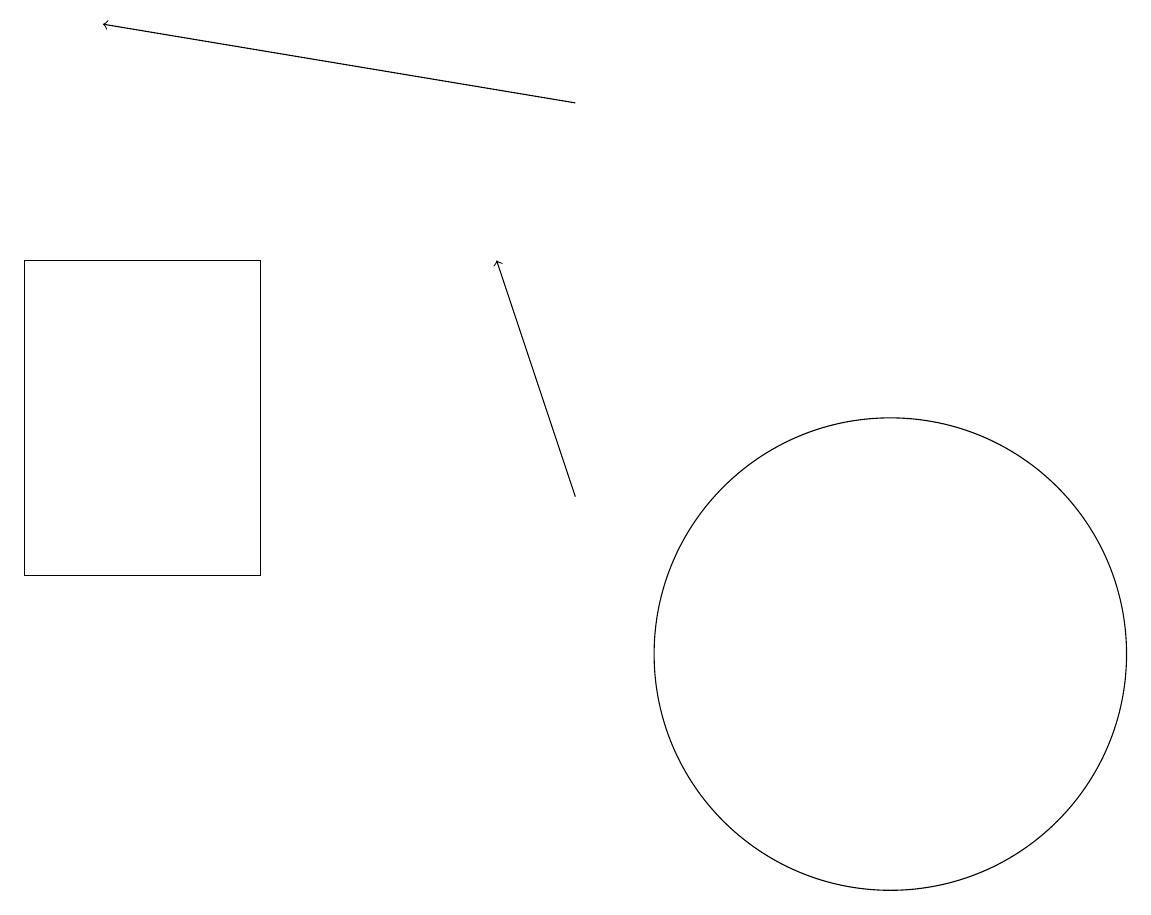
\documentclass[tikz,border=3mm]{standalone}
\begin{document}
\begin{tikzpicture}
\draw (0,12) rectangle (3,16);
\draw (11,11) circle (3);
\draw[->] (7,13) -- (6,16);
\draw[->] (7,18) -- (1,19);
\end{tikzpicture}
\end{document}